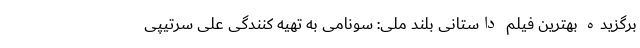
برگزیده بهترین فیلم داستانی بلند ملی: سونامی به تهیه کنندگی علی سرتیپی